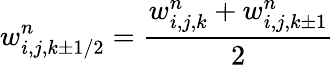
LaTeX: w_{i,j,k\pm 1/2}^{n}=\frac{w_{i,j,k}^{n}+w_{i,j,k\pm 1}^{n}}{2}